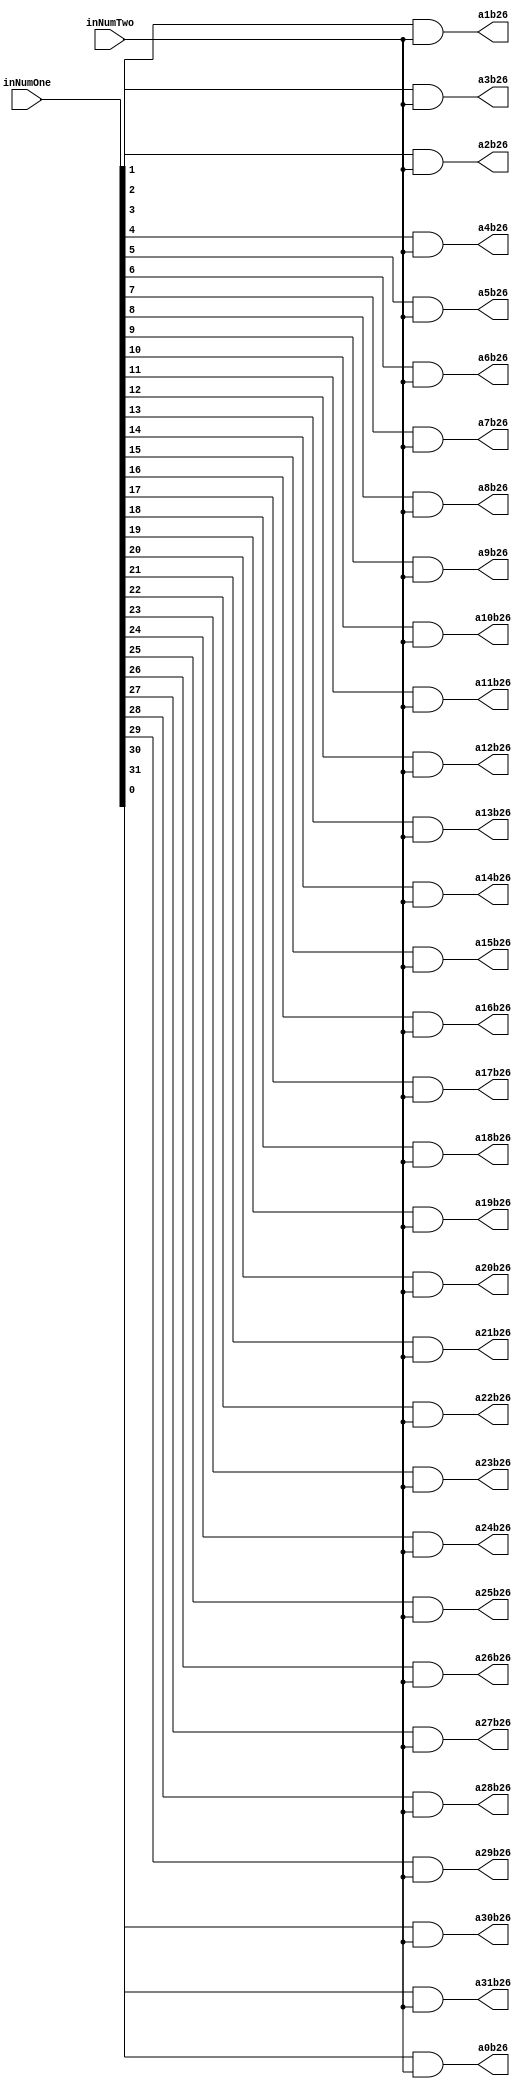
`timescale 1ns / 1ps

module PartialProductRow26(inNumOne,inNumTwo,a0b26,a1b26,a2b26,a3b26,a4b26,a5b26,a6b26,a7b26,a8b26,a9b26,a10b26,a11b26,a12b26,a13b26,a14b26,a15b26,a16b26,a17b26,a18b26,a19b26,a20b26,a21b26,a22b26,a23b26,a24b26,a25b26,a26b26,a27b26,a28b26,a29b26,a30b26,a31b26);
input [31:0] inNumOne;
input inNumTwo;
output reg a0b26,a1b26,a2b26,a3b26,a4b26,a5b26,a6b26,a7b26,a8b26,a9b26,a10b26,a11b26,a12b26,a13b26,a14b26,a15b26,a16b26,a17b26,a18b26,a19b26,a20b26,a21b26,a22b26,a23b26,a24b26,a25b26,a26b26,a27b26,a28b26,a29b26,a30b26,a31b26;

always@(inNumOne,inNumTwo)begin
	a0b26 <= inNumOne[0] & inNumTwo;
	a1b26 <= inNumOne[1] & inNumTwo;
	a2b26 <= inNumOne[2] & inNumTwo;
	a3b26 <= inNumOne[3] & inNumTwo;
	a4b26 <= inNumOne[4] & inNumTwo;
	a5b26 <= inNumOne[5] & inNumTwo;
	a6b26 <= inNumOne[6] & inNumTwo;
	a7b26 <= inNumOne[7] & inNumTwo;
	a8b26 <= inNumOne[8] & inNumTwo;
	a9b26 <= inNumOne[9] & inNumTwo;
	a10b26 <= inNumOne[10] & inNumTwo;
	a11b26 <= inNumOne[11] & inNumTwo;
	a12b26 <= inNumOne[12] & inNumTwo;
	a13b26 <= inNumOne[13] & inNumTwo;
	a14b26 <= inNumOne[14] & inNumTwo;
	a15b26 <= inNumOne[15] & inNumTwo;
	a16b26 <= inNumOne[16] & inNumTwo;
	a17b26 <= inNumOne[17] & inNumTwo;
	a18b26 <= inNumOne[18] & inNumTwo;
	a19b26 <= inNumOne[19] & inNumTwo;
	a20b26 <= inNumOne[20] & inNumTwo;
	a21b26 <= inNumOne[21] & inNumTwo;
	a22b26 <= inNumOne[22] & inNumTwo;
	a23b26 <= inNumOne[23] & inNumTwo;
	a24b26 <= inNumOne[24] & inNumTwo;
	a25b26 <= inNumOne[25] & inNumTwo;
	a26b26 <= inNumOne[26] & inNumTwo;
	a27b26 <= inNumOne[27] & inNumTwo;
	a28b26 <= inNumOne[28] & inNumTwo;
	a29b26 <= inNumOne[29] & inNumTwo;
	a30b26 <= inNumOne[30] & inNumTwo;
	a31b26 <= inNumOne[31] & inNumTwo;
end

endmodule